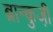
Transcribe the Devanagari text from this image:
ब्रान्कुजी़